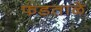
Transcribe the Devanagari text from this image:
फडताळे